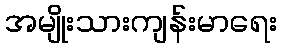
အမျိုးသားကျန်းမာရေး